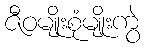
ဇီဝမျိုးစုံမျိုးကွဲ